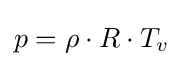
p=\rho \cdot R\cdot T_{v}